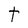
Character: a